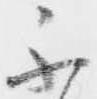
不